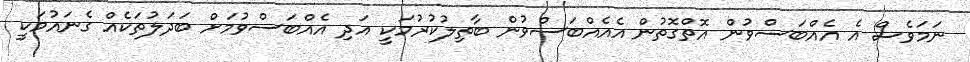
ނަމަވެސް އެ އެއްބަސްވުން އޮތްގޮތުން އެއެއްބަސްވުން ބާތިލުކުރުމަކީ އަދި އެއްބަސްވުމަށް ބަދަލުތަކެއް ގެނައުމަކީ